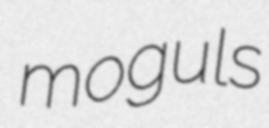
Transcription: moguls